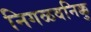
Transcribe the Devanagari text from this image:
निगळवनिक्कु